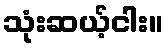
သုံးဆယ့်ငါး။